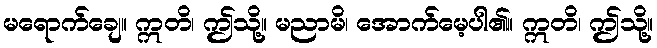
မရောက်ချေ။ ဣတိ၊ ဤသို့။ မညာမိ၊ အောက်မေ့ပါ၏။ ဣတိ၊ ဤသို့။